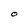
Character: O